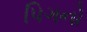
પિગનો